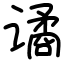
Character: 谲